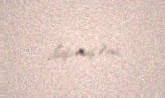
düşmüşəm.